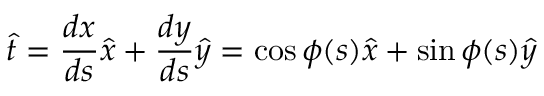
\hat { t } = \frac { d x } { d s } \hat { x } + \frac { d y } { d s } \hat { y } = \cos \phi ( s ) \hat { x } + \sin \phi ( s ) \hat { y }